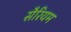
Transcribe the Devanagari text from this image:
सैरियम